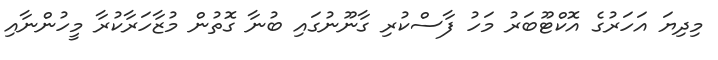
މިދިޔަ އަހަރުގެ އޮކްޓޫބަރު މަހު ފާސްކުރި ގާނޫނުގައި ބުނާ ގޮތުން މުޒާހަރާކުރާ މީހުންނާއި